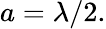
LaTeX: a=\lambda/2.